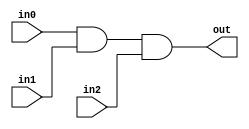
// This program was cloned from: https://github.com/lvyitian/public_personal_files
// License: Creative Commons Zero v1.0 Universal

module TC_And3(in0, in1, in2, out);
    parameter UUID = 0;
    parameter NAME = "";
    parameter BIT_WIDTH = 1;
    input [BIT_WIDTH-1:0] in0;
    input [BIT_WIDTH-1:0] in1;
    input [BIT_WIDTH-1:0] in2;
    output [BIT_WIDTH-1:0] out;
    
    assign out = in0 & in1 & in2;
endmodule